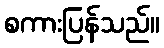
စကားပြန်သည်။